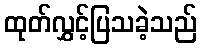
ထုတ်လွှင့်ပြသခဲ့သည်